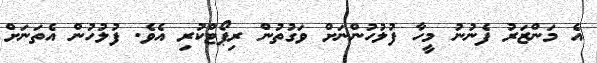
އެ މަންޒަރު ފެނުނު މީހާ ފުލުހުންނަށް ވަގުތުން ރިޕޯޓްކުރި އެވެ. ފުލުހުން އެތަނަށް